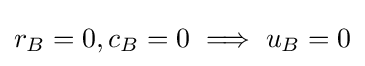
r_{B}=0,c_{B}=0\implies u_{B}=0